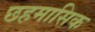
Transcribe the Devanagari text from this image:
छहमासिक